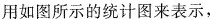
用如图所示的统计图来表示，